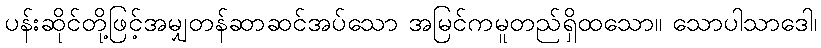
ပန်းဆိုင်တို့ဖြင့်အမျှတန်ဆာဆင်အပ်သော အမြင်ကမူတည်ရှိထသော။ သောပါသာဒေါ၊